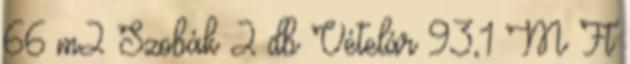
66 m2 Szobák 2 db Vételár 93,1 M Ft